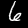
Digit: 6